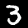
Digit: 3